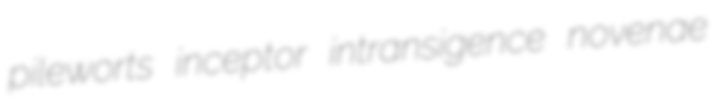
pileworts inceptor intransigence novenae